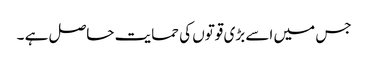
جس میں اسے بڑی قوتوں کی حمایت حاصل ہے ۔